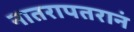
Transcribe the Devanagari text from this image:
नातरापतरानं